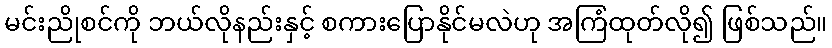
မင်းညိုစင်ကို ဘယ်လိုနည်းနှင့် စကားပြောနိုင်မလဲဟု အကြံထုတ်လို၍ ဖြစ်သည်။